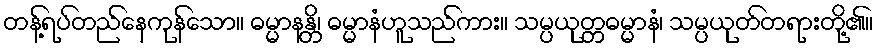
တန့်ရပ်တည်နေကုန်သော။ ဓမ္မာနန္တိ၊ ဓမ္မာနံဟူသည်ကား။ သမ္ပယုတ္တဓမ္မာနံ၊ သမ္ပယုတ်တရားတို့၏။